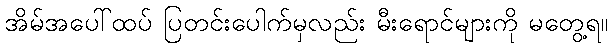
အိမ်အပေါ်ထပ် ပြတင်းပေါက်မှလည်း မီးရောင်များကို မတွေ့ရ။